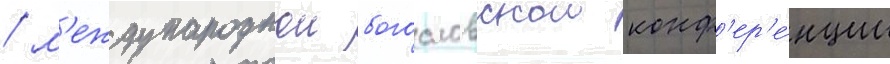
/ м'еждународнои богословскои конф'ер'е́нции